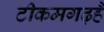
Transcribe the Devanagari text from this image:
टीकमगढ़हैं